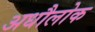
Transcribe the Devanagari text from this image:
अधौलोक